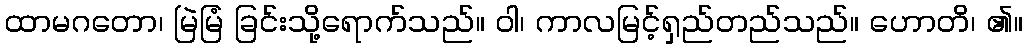
ထာမဂတော၊ မြဲမြံ ခြင်းသို့ရောက်သည်။ ဝါ၊ ကာလမြင့်ရှည်တည်သည်။ ဟောတိ၊ ၏။